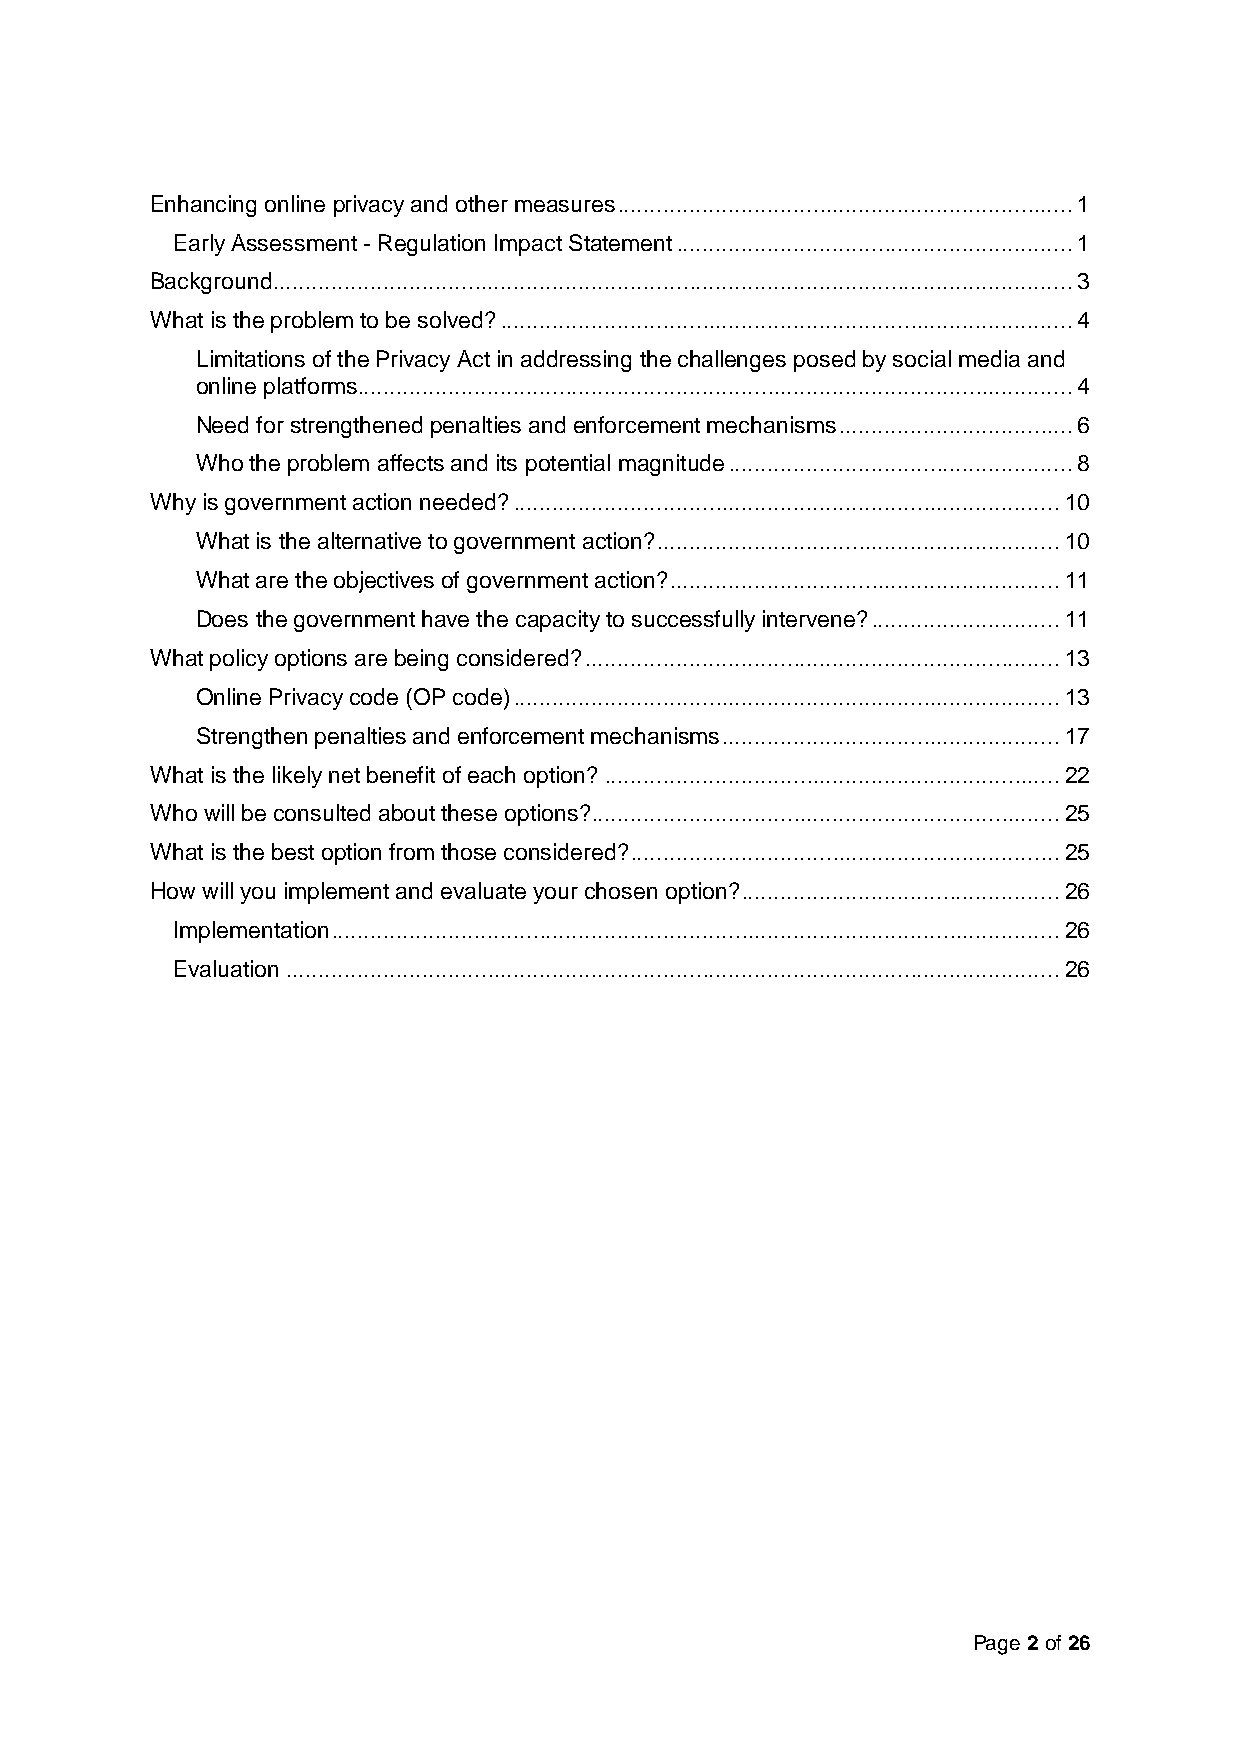
Enhancing online privacy and other measures ...................................................................... 1
 Early Assessment - Regulation Impact Statement ............................................................. 1
 Background ........................................................................................................................... 3
 What is the problem to be solved? ........................................................................................ 4
 Limitations of the Privacy Act in addressing the challenges posed by social media and
 online platforms.............................................................................................................. 4
 Need for strengthened penalties and enforcement mechanisms .................................... 6
 Who the problem affects and its potential magnitude ..................................................... 8
 Why is government action needed? .................................................................................... 10
 What is the alternative to government action? .............................................................. 10
 What are the objectives of government action? ............................................................ 11
 Does the government have the capacity to successfully intervene? ............................. 11
 What policy options are being considered? ......................................................................... 13
 Online Privacy code (OP code) .................................................................................... 13
 Strengthen penalties and enforcement mechanisms .................................................... 17
 What is the likely net benefit of each option? ...................................................................... 22
 Who will be consulted about these options? ........................................................................ 25
 What is the best option from those considered? .................................................................. 25
 How will you implement and evaluate your chosen option? ................................................. 26
 Implementation ................................................................................................................ 26
 Evaluation ....................................................................................................................... 26
 Page 2 of 26